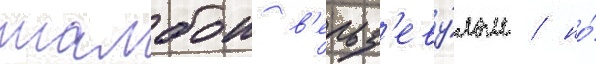
шалбои в'ельз'еву́лом / но́